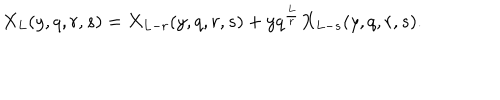
X _ { L } ( y , q , r , s ) = X _ { L - r } ( y , q , r , s ) + y q ^ { \frac { L } { r } } X _ { L - s } ( y , q , r , s ) .